Leprosy in India: report of the Leprosy Commission in India, 1890-91
Year: 1890
Disease focus: Leprosy
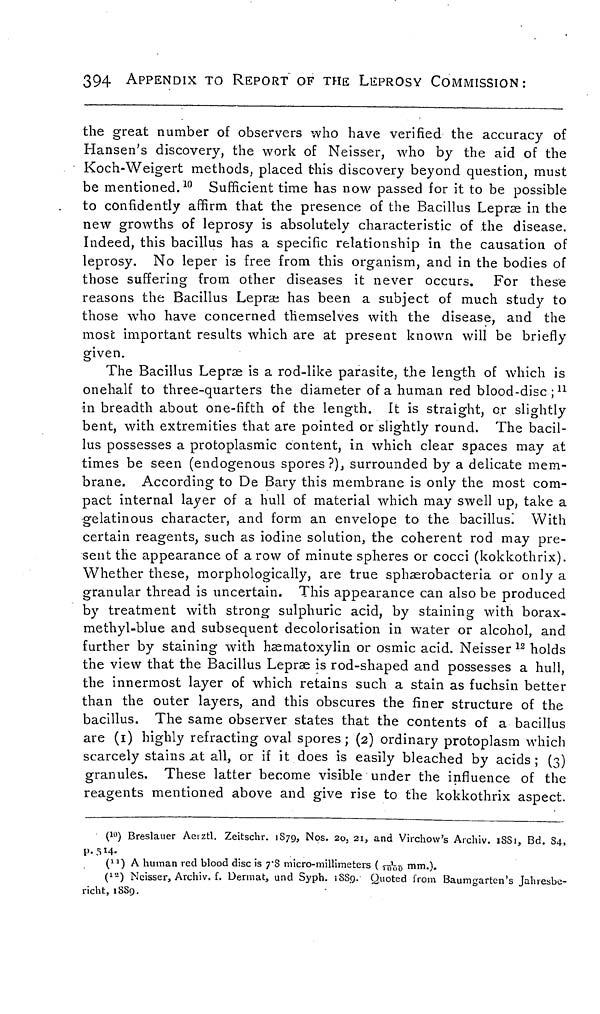
394
APPENDIX TO REPORT OF THE LEPROSY COMMISSION:
the great number of observers who have verified the accuracy of
Hansen's discovery, the work of Neisser, who by the aid of the
Koch-Weigert methods, placed this discovery beyond question, must
be mentioned. 10 Sufficient time has now passed for it to be possible
to confidently affirm that the presence of the Bacillus Lepræ in the
new growths of leprosy is absolutely characteristic of the disease.
Indeed, this bacillus has a specific relationship in the causation of
leprosy. No leper is free from this organism, and in the bodies of
those suffering from other diseases it never occurs. For these
reasons the Bacillus Lepræ has been a subject of much study to
those who have concerned themselves with the disease, and the
most important results which are at present known will be briefly
given.
The Bacillus Lepræ is a rod-like parasite, the length of which is
onehalf to three-quarters the diameter of a human red blood-disc ; 11
in breadth about one-fifth of the length. It is straight, or slightly
bent, with extremities that are pointed or slightly round. The bacil-
lus possesses a protoplasmic content, in which clear spaces may at
times be seen (endogenous spores ?)., surrounded by a delicate mem-
brane. According to De Bary this membrane is only the most com-
pact internal layer of a hull of material which may swell up, take a
gelatinous character, and form an envelope to the bacillus. With
certain reagents, such as iodine solution, the coherent rod may pre-
sent the appearance of a row of minute spheres or cocci (kokkothrix).
Whether these, morphologically, are true sphærobacteria or only a
granular thread is uncertain. This appearance can also be produced
by treatment with strong sulphuric acid, by staining with borax-
methyl-blue and subsequent decolorisation in water or alcohol, and
further by staining with hæmatoxylin or osmic acid. Neisser 12 holds
the view that the Bacillus Lepræ is rod-shaped and possesses a hull,
the innermost layer of which retains such a stain as fuchsin better
than the outer layers, and this obscures the finer structure of the
bacillus. The same observer states that the contents of a bacillus
are (1) highly refracting oval spores; (2) ordinary protoplasm which
scarcely stains at all, or if it does is easily bleached by acids ; (3)
granules. These latter become visible under the influence of the
reagents mentioned above and give rise to the kokkothrix aspect.
(10) Breslauer Aeiztl. Zeitschr. 1879, Nos. 20, 21, and Virchow's Archiv. 1881, Bd. S4,
p.514-
( 11 ) A human red blood disc is 7.8 micro-millimeters (1/1000 mm.).
( 12 ) Neisser, Archiv, f. Dermat, und Soph. 1889. Quoted from Baumgarten's Jahresbe-
richt, 1889,